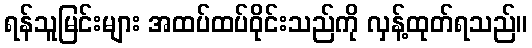
ရန်သူမြင်းများ အထပ်ထပ်ဝိုင်းသည်ကို လှန့်ထုတ်ရသည်။